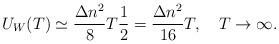
LaTeX: \begin{align*}U_W(T)\simeq \frac{\Delta n^2}{8}T\frac{1}{2}=\frac{\Delta n^2}{16} T,\quad T \to \infty {.}\end{align*}